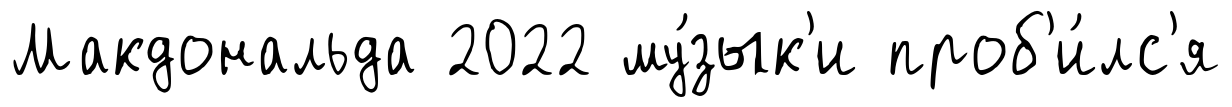
Макдональда 2022 му́зык'и проб'и́лс'я